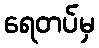
ရေတပ်မှ